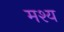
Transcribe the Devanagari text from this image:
मश्य